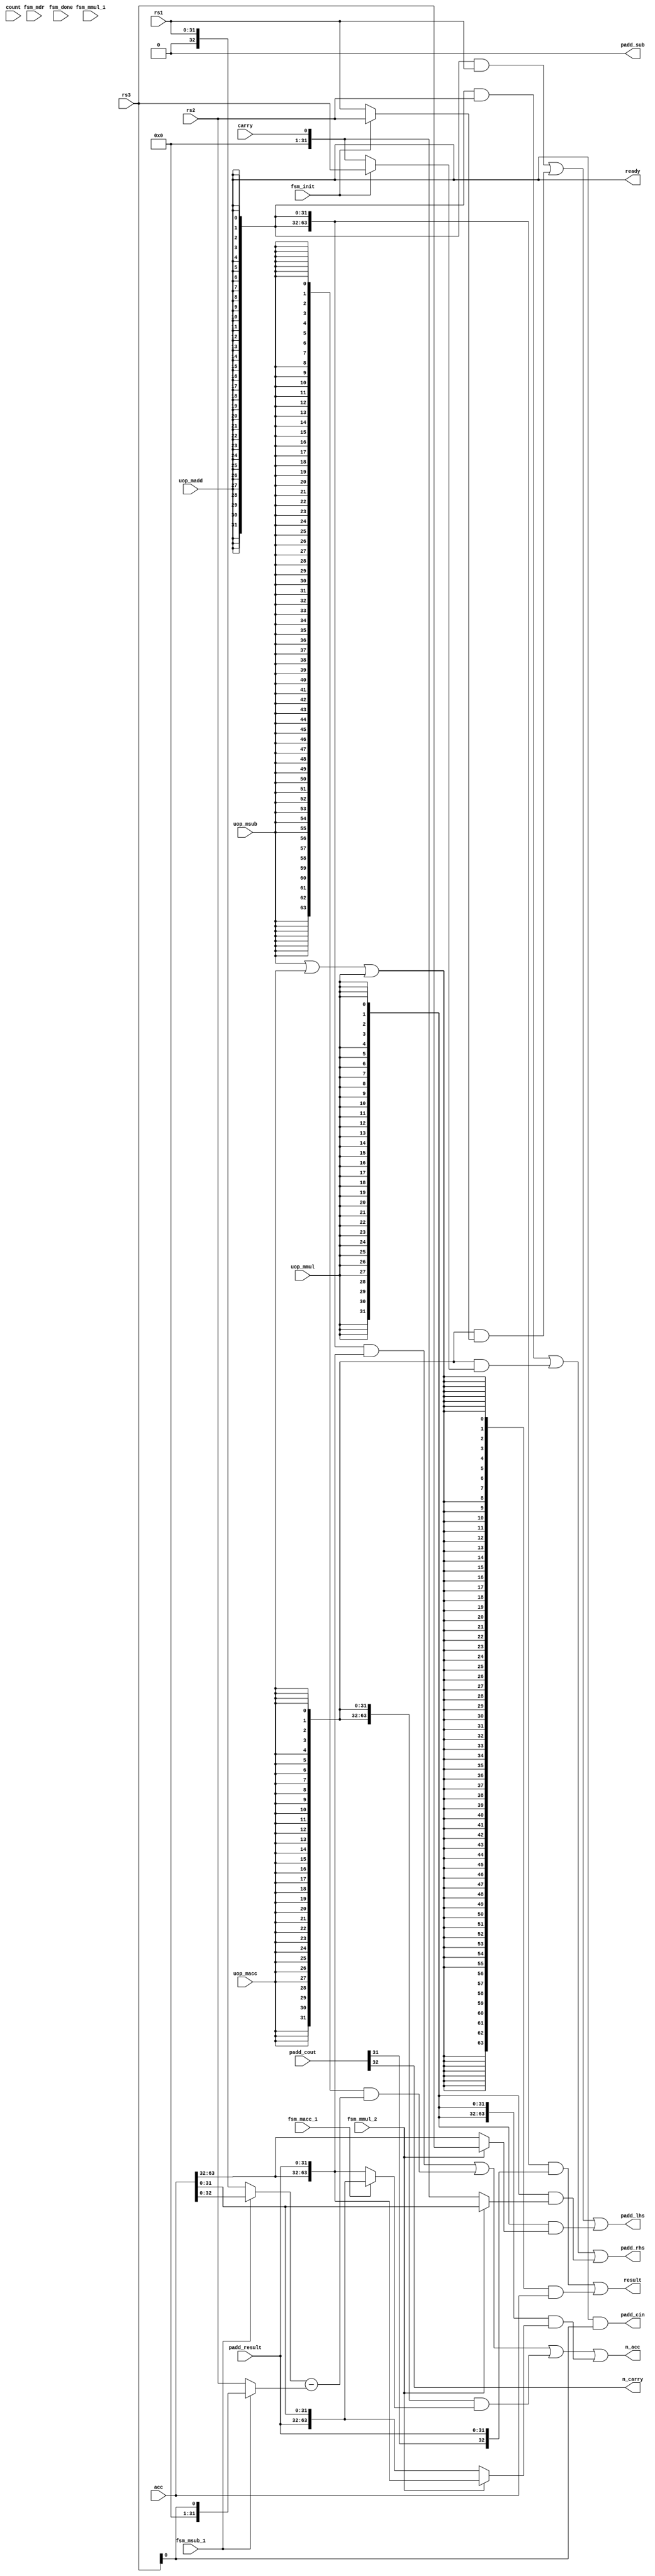

//
// module: xc_malu_long
//
//  Module responsible for handline atomic parts of the multi-precision
//  arithmetic instructions.
//
// 
// xc.madd.3
// - acc <= r1  + r2 + r3[0]
// 
// xc.msub.3
// - acc[31:0] <= r1  - r2
// - acc[31:0] <= acc[31:0] - r3[0]
// 
// xc.macc
// - {carry, acc[31:0]} <= r2 + r3; acc[63:32] <= r1
// - acc[63:32] <= acc[63:32] + carry;
// 
// xc.mmul.3
// - acc <= rs1 * rs2
// - {carry, acc[31:0]} <= acc[31:0] + r3; 
// - acc[63:32] <= acc[63:32] + carry;
// 
//
module xc_malu_long (

input  wire [31:0]  rs1             , //
input  wire [31:0]  rs2             , //
input  wire [31:0]  rs3             , //

input  wire         fsm_init        ,
input  wire         fsm_mdr         ,
input  wire         fsm_msub_1      ,
input  wire         fsm_macc_1      ,
input  wire         fsm_mmul_1      ,
input  wire         fsm_mmul_2      ,
input  wire         fsm_done        ,

input  wire [63:0]  acc             ,
input  wire [ 0:0]  carry           ,
input  wire [ 5:0]  count           ,

output wire [31:0]  padd_lhs        , // Left hand input
output wire [31:0]  padd_rhs        , // Right hand input.
output wire         padd_cin        , // Carry in bit.
output wire [ 0:0]  padd_sub        , // Subtract if set, else add.

input       [32:0]  padd_cout       , // Carry bits
input       [31:0]  padd_result     , // Result of the operation

input  wire         uop_madd        , //
input  wire         uop_msub        , //
input  wire         uop_macc        , //
input  wire         uop_mmul        , //

output wire         n_carry         ,
output wire [63:0]  n_acc           ,
output wire [63:0]  result          ,
output wire         ready           

);


//
// xc.msub

wire [32:0] msub_lhs_0 = {1'b0,rs1};
wire [32:0] msub_lhs_1 = acc[32:0];

wire [32:0] msub_rhs_0 = {1'b0,rs2};
wire [32:0] msub_rhs_1 = {32'b0, rs3[0]};

wire [32:0] msub_lhs   = fsm_msub_1 ? msub_lhs_1 : msub_lhs_0;
wire [32:0] msub_rhs   = fsm_msub_1 ? msub_rhs_1 : msub_rhs_0;

// TODO: Re-use the padd interface.
wire [32:0] sub_result = $unsigned(msub_lhs) - 
                         $unsigned(msub_rhs) ;

//
// xc.macc

wire [31:0] macc_lhs_0 = rs2;
wire [31:0] macc_lhs_1 = rs1;

wire [31:0] macc_rhs_0 = rs3;
wire [31:0] macc_rhs_1 = {31'b0, carry};

wire [31:0] macc_lhs   = fsm_init ? macc_lhs_0 : macc_lhs_1;
wire [31:0] macc_rhs   = fsm_init ? macc_rhs_0 : macc_rhs_1;

wire [63:0] macc_acc_0 = {acc[63:32]    , padd_result  };
wire [63:0] macc_acc_1 = {padd_result   , acc[31:0]    };
wire [63:0] macc_n_acc = fsm_macc_1 ? macc_acc_1 : macc_acc_0;

//
// xc.mmul

wire [31:0] mmul_lhs_0 = rs3;
wire [31:0] mmul_lhs_1 = acc[63:32];

wire [31:0] mmul_rhs_0 = acc[31:0];
wire [31:0] mmul_rhs_1 = {31'b0, carry};

wire [31:0] mmul_lhs   = fsm_mmul_2 ? mmul_lhs_0 : mmul_lhs_1;
wire [31:0] mmul_rhs   = fsm_mmul_2 ? mmul_rhs_0 : mmul_rhs_1;

wire [63:0] mmul_acc_0 = {acc[63:32]    , padd_result  };
wire [63:0] mmul_acc_1 = {padd_result   , acc[31:0]    };
wire [63:0] mmul_n_acc = fsm_mmul_2 ? mmul_acc_0 : mmul_acc_1;

//
// padd signal selection
// -----------------------------------------------------

assign padd_lhs     = {32{uop_madd}} & rs1      |
                      {32{uop_macc}} & macc_lhs |
                      {32{uop_mmul}} & mmul_lhs ;

assign padd_rhs     = {32{uop_madd}} & rs2      |
                      {32{uop_macc}} & macc_rhs |
                      {32{uop_mmul}} & mmul_rhs ;

assign padd_sub     = 1'b0;

assign padd_cin     = uop_madd  && rs3[0]               ;

assign n_carry      = padd_cout[32]                 ;

assign n_acc        = {64{uop_madd}} & {acc[63:32], padd_result} |
                      {64{uop_msub}} & {31'b0, sub_result      } |
                      {64{uop_macc}} & {macc_n_acc             } |
                      {64{uop_mmul}} & {mmul_n_acc             } ;

wire   result_acc   = uop_msub || uop_macc || uop_mmul;

assign result       = {64{uop_madd}} & {31'b0, padd_cout[31], padd_result} |
                      {64{result_acc}} & {acc                            } ;

assign ready        = uop_madd;

endmodule